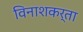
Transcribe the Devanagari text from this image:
विनाशकर्ता